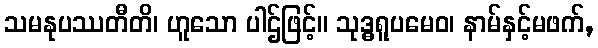
သမနုပဿတီတိ၊ ဟူသော ပါဌ်ဖြင့်။ သုဒ္ဓရူပမေဝ၊ နာမ်နှင့်မဖက်,